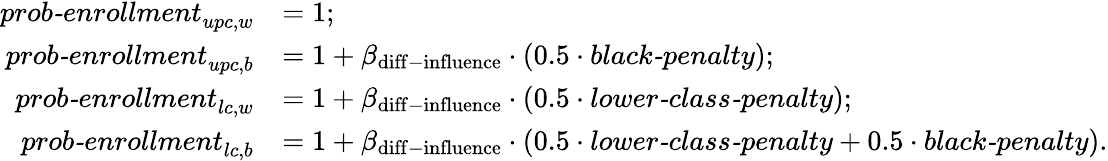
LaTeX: \begin{array}{rl}{\textit{prob-enrollment}_{upc,w}}&{=1;}\\ {\textit{prob-enrollment}_{upc,b}}&{=1+\beta_{\mathrm{diff-influence}}\cdot(0.5\cdot\textit{black-penalty});}\\ {\textit{prob-enrollment}_{lc,w}}&{=1+\beta_{\mathrm{diff-influence}}\cdot(0.5\cdot\textit{lower-class-penalty});}\\ {\textit{prob-enrollment}_{lc,b}}&{=1+\beta_{\mathrm{diff-influence}}\cdot(0.5\cdot\textit{lower-class-penalty}+0.5\cdot\textit{black-penalty}).}\end{array}